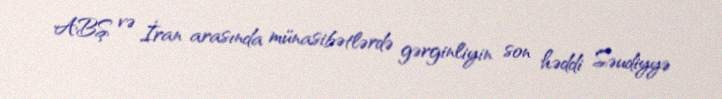
ABŞ və İran arasında münasibətlərdə gərginliyin son həddi Səudiyyə